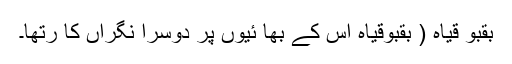
بقبُو قیاہ ( بقبُوقیاہ اس کے بھا ئیوں پر دوسرا نگراں کا رتھا۔